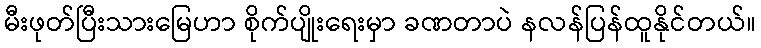
မီးဖုတ်ပြီးသားမြေဟာ စိုက်ပျိုးရေးမှာ ခဏတာပဲ နလန်ပြန်ထူနိုင်တယ်။